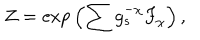
LaTeX: Z = \mathrm { e x p } \left( \sum g _ { s } ^ { - \chi } { F } _ { \chi } \right) ,